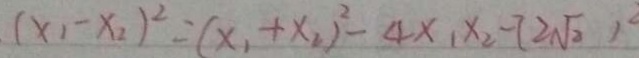
( x _ { 1 } - x _ { 2 } ) ^ { 2 } = ( x _ { 1 } + x _ { 2 } ) ^ { 2 } - 4 x _ { 1 } x _ { 2 } - ( 2 \sqrt { 2 } ) ^ { 2 }